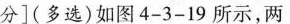
分](多选)如图4-3-19所示，两